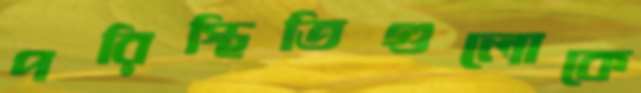
পরিস্থিতিগুলোকে